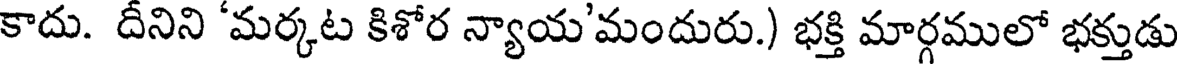
కాదు. దీనిని 'మర్కట కిశోర న్యాయ'మందురు.) భక్తి మార్గములో భక్తుడు